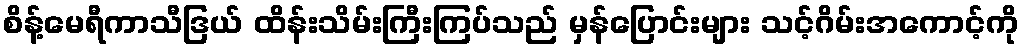
စိန့်မေရီကာသီဒြယ် ထိန်းသိမ်းကြီးကြပ်သည် မှန်ပြောင်းများ သင့်ဂိမ်းအကောင့်ကို